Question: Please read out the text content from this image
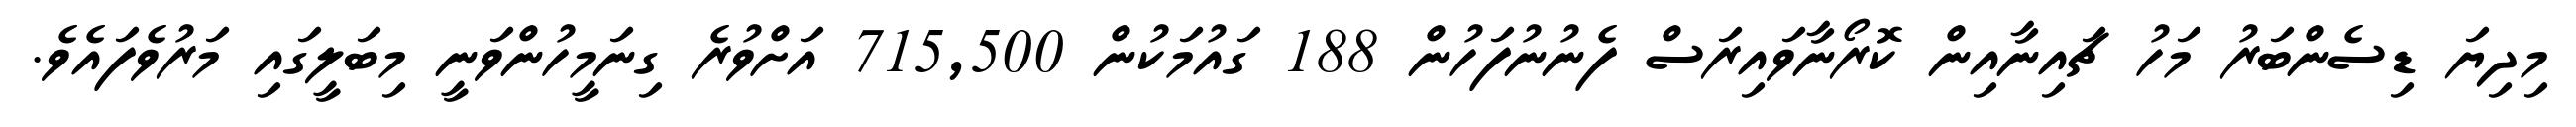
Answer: މިދިޔަ ޑިސެންބަރު މަހު ޗައިނާއިން ކޮރޯނާވައިރަސް ފެނުނުފަހުން 188 ގައުމަކުން 715,500 އަށްވުރެ ގިނަމީހުންވަނީ މިބަލީގައި މަރުވެފައެވެ.